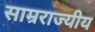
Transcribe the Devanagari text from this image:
साम्रराज्यीय